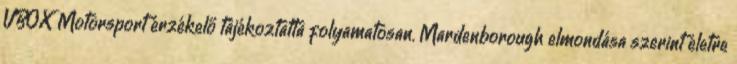
VBOX Motorsport érzékelő tájékoztatta folyamatosan. Mardenborough elmondása szerint életre